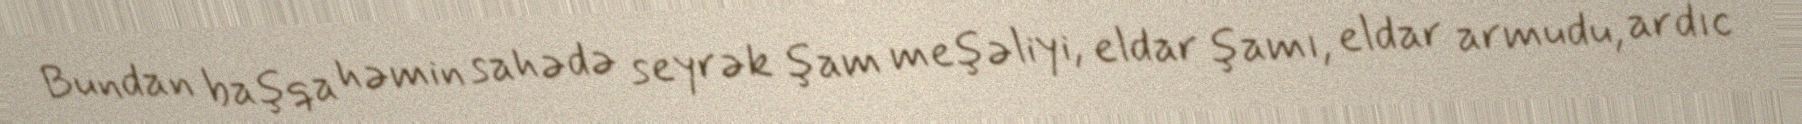
Bundan başqa həmin sahədə seyrək şam meşəliyi, eldar şamı, eldar armudu, ardıc